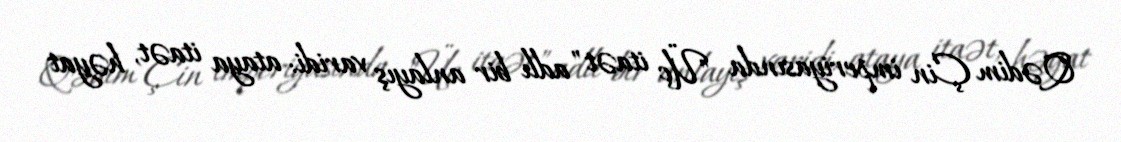
Qədim Çin imperiyasında "Üç itaət" adlı bir anlayış varidi: ataya itaət, həyat